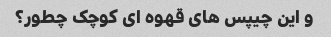
و این چیپس های قهوه ای کوچک چطور؟